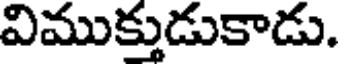
విముక్తుడుకాడు.